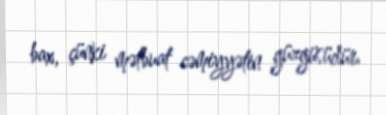
bax, çünki mətbuat cəmiyyətin güzgüsüdür.